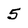
Character: 5